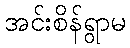
အင်းစိန်ရွာမ